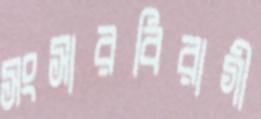
সংসারবিরাগী